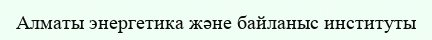
Алматы энергетика және байланыс институты